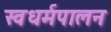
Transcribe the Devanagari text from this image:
स्वधर्मपालन